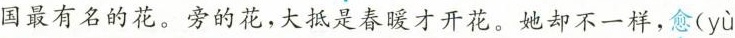
国最有名的花。旁的花，大抵是春暖才开花。她却不一样，愈( yù